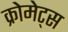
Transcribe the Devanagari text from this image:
क्रोमेट्स